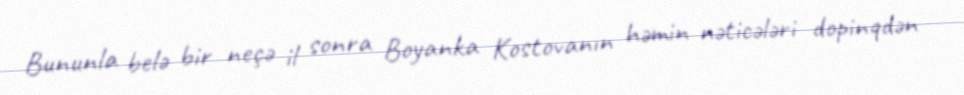
Bununla belə bir neçə il sonra Boyanka Kostovanın həmin nəticələri dopinqdən